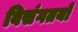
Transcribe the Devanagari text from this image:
विसंगतयों